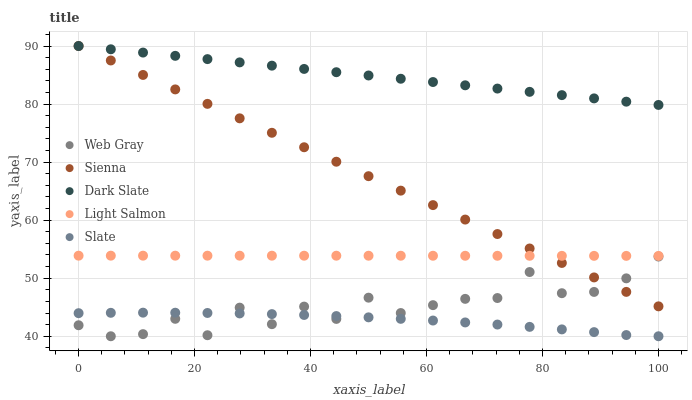
| xaxis_label | Web Gray | Sienna | Dark Slate | Light Salmon | Slate |
 | --- | --- | --- | --- | --- | --- |
 | 0 | 41.9 | 90 | 90 | 53.9 | 44 |
 | 5.56 | 40 | 87.5 | 89.4 | 53.9 | 44 |
 | 11.1 | 40.4 | 85 | 88.9 | 53.9 | 44.1 |
 | 16.7 | 43 | 82.5 | 88.3 | 53.9 | 44.1 |
 | 22.2 | 40.2 | 80 | 87.7 | 53.9 | 44 |
 | 27.8 | 44.9 | 77.5 | 87.2 | 53.9 | 43.9 |
 | 33.3 | 42.1 | 75.1 | 86.6 | 53.9 | 43.8 |
 | 38.9 | 45.1 | 72.6 | 86.1 | 53.9 | 43.7 |
 | 44.4 | 43 | 70.1 | 85.5 | 53.9 | 43.5 |
 | 50 | 46.6 | 67.6 | 84.9 | 53.9 | 43.3 |
 | 55.6 | 44 | 65.1 | 84.4 | 53.9 | 43 |
 | 61.1 | 45.4 | 62.6 | 83.8 | 53.9 | 42.7 |
 | 66.7 | 46.4 | 60.1 | 83.2 | 53.9 | 42.4 |
 | 72.2 | 46.6 | 57.6 | 82.7 | 53.9 | 42 |
 | 77.8 | 51.1 | 55.1 | 82.1 | 53.9 | 41.6 |
 | 83.3 | 47.4 | 52.6 | 81.5 | 53.9 | 41.2 |
 | 88.9 | 47.6 | 50.1 | 81 | 53.9 | 40.7 |
 | 94.4 | 50 | 47.6 | 80.4 | 53.8 | 40.2 |
 | 100 | 53.7 | 45.2 | 79.8 | 53.8 | 40 |